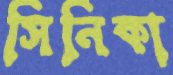
সিনিকা